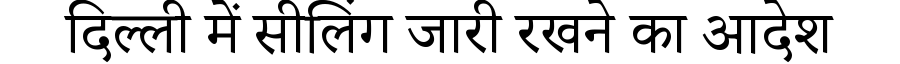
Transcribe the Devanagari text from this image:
दिल्ली में सीलिंग जारी रखने का आदेश